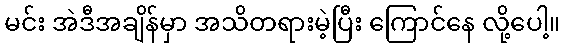
မင်း အဲဒီအချိန်မှာ အသိတရားမဲ့ပြီး ကြောင်နေ လို့ပေါ့။